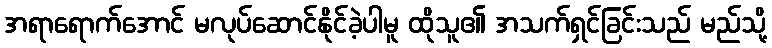
အရာရောက်အောင် မလုပ်ဆောင်နိုင်ခဲ့ပါမူ ထိုသူ၏ အသက်ရှင်ခြင်းသည် မည်သို့